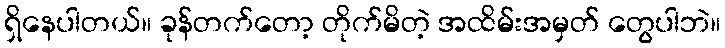
ရှိနေပါတယ်။ ခုန်တက်တော့ တိုက်မိတဲ့ အထိမ်းအမှတ် တွေပါဘဲ။